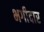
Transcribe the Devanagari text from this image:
भगीदार